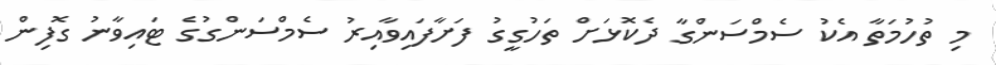
މި ތުހުމަތާ އެކު ސެމްސަންގާ ދެކޮޅަށް ތަހުގީގު ފަށާފައިވާއިރު ސެމްސަންގުގެ ޓައިވާނު ގޮފިން